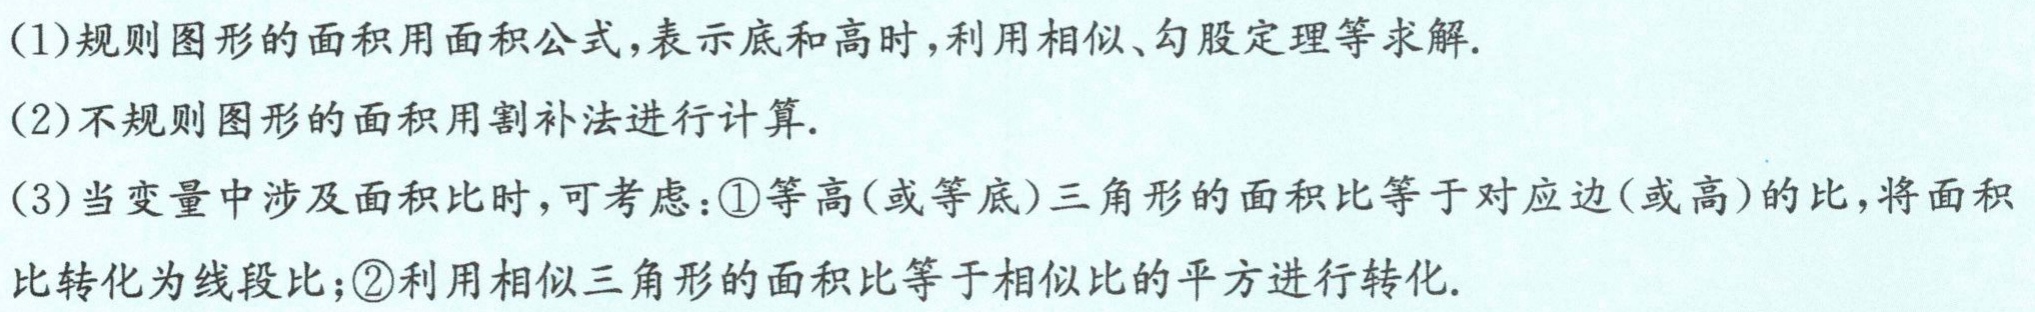
(1)规则图形的面积用面积公式,表示底和高时,利用相似、勾股定理等求解.
(2)不规则图形的面积用割补法进行计算.
(3)当变量中涉及面积比时,可考虑：\textcircled{1}等高(或等底)三角形的面积比等于对应边(或高)的比,将面积比转化为线段比；\textcircled{2}利用相似三角形的面积比等于相似比的平方进行转化.